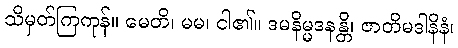
သိမှတ်ကြကုန်။ မေတိ၊ မမ၊ ငါ၏။ ဒမနိမ္မဒနန္တိ၊ ဇာတိမဒါနိနံ၊